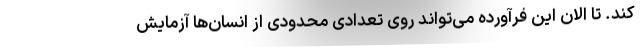
کند. تا الان این فرآورده می‌تواند روی تعدادی محدودی از انسان‌ها آزمایش